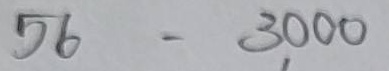
56 = 3,000